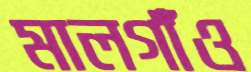
মালগাঁও